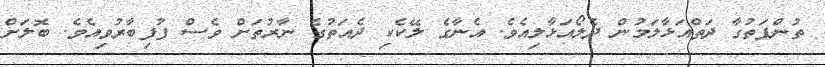
ތުންފަތުގާ ދަތްއަޅާލަމުން ދެލޯއަޅާލިއެވެ. އެނާގެ ލޭކެކި ދެއަތުގެ ނާރުތަށް ވެސް ފުފިބާރުވިއެވެ. ބޮލަށް